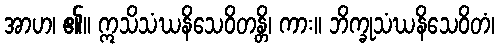
အာဟ၊ ၏။ ဣသိသံဃနိသေဝိတန္တိ၊ ကား။ ဘိက္ခုသံဃနိသေဝိတံ၊